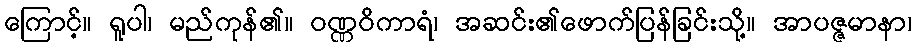
ကြောင့်။ ရူပါ၊ မည်ကုန်၏။ ဝဏ္ဏဝိကာရံ၊ အဆင်း၏ဖောက်ပြန်ခြင်းသို့။ အာပဇ္ဇမာနာ၊